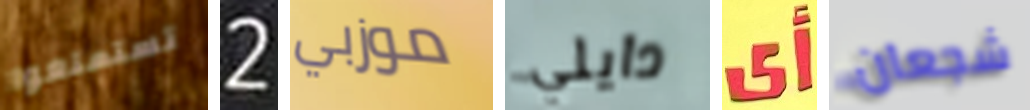
تستمتعوا 2 موزبي دايلي أي شجعان